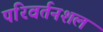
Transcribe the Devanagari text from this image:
परिवर्तनशल